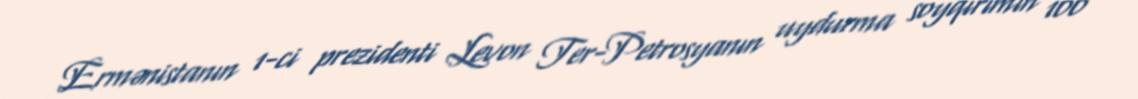
Ermənistanın 1-ci prezidenti Levon Ter-Petrosyanın uydurma soyqırımın 100